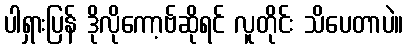
ပါရှားပြန် ဒိုလိုကော့ဗ်ဆိုရင် လူတိုင်း သိပေတာပဲ။